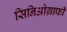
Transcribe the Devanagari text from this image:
सिनिओग्राफी